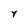
Character: y